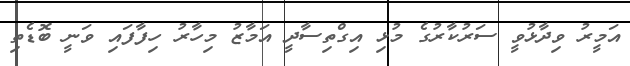
އަމީރު ވިދާޅުވީ ސަރުކާރުގެ މުޅި އިގްތިސާދީ އަމާޒު މިހާރު ހިފާފައި ވަނީ ބޮޑެތި